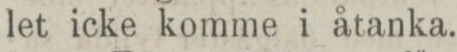
let icke komme i åtanka.